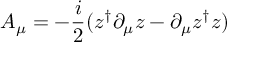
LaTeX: A _ { \mu } = - { \frac { i } { 2 } } ( z ^ { \dagger } \partial _ { \mu } z - \partial _ { \mu } z ^ { \dagger } z )